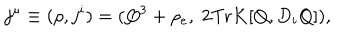
j ^ { \mu } \equiv ( \rho , j ^ { i } ) = ( Q ^ { 3 } + \rho _ { e } , \; 2 \mathrm { T r } K [ Q , D _ { i } Q ] ) ,